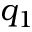
q _ { 1 }